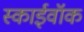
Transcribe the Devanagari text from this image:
स्काईवॉक